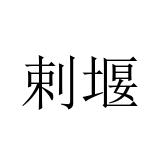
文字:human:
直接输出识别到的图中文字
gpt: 剌堰